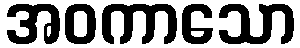
အဝကာသော